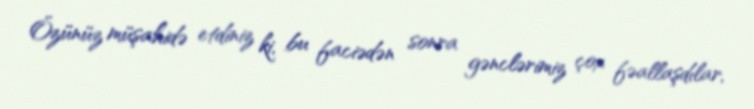
Özünüz müşahidə etdiniz ki, bu faciədən sonra gənclərimiz çox fəallaşdılar,